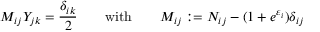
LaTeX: M _ { i j } Y _ { j k } = \frac { \delta _ { i k } } { 2 } \quad \quad \mathrm { w i t h } \qquad M _ { i j } : = N _ { i j } - ( 1 + e ^ { \varepsilon _ { i } } ) \delta _ { i j }